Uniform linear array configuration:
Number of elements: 12
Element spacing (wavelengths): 0.75
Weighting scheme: blackman
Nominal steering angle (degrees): -45
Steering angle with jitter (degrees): -43.48
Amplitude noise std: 0.05
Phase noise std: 0.05

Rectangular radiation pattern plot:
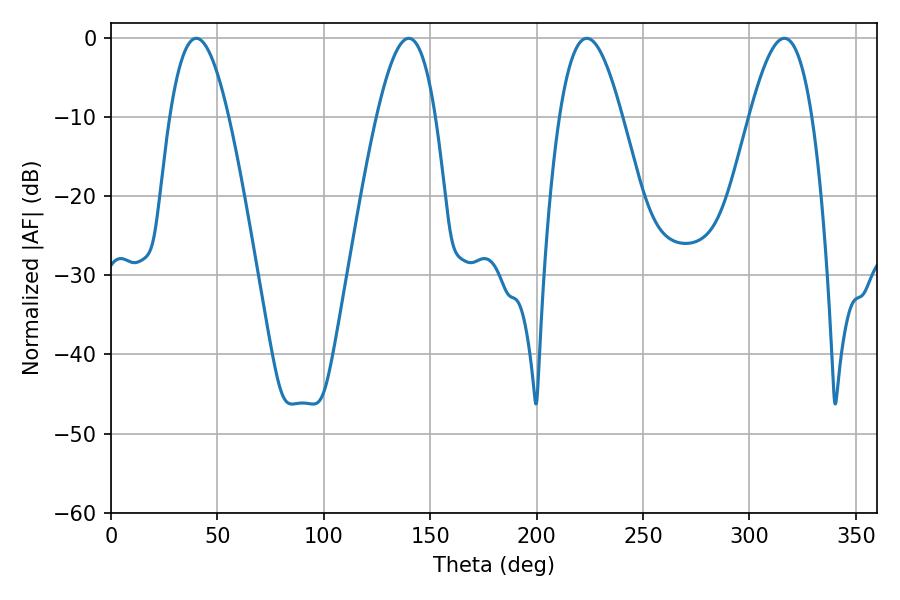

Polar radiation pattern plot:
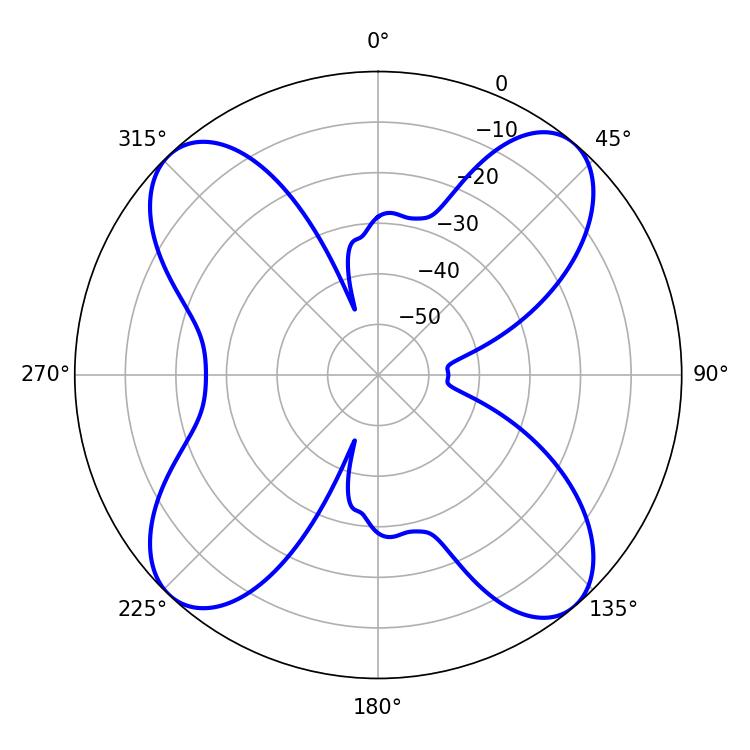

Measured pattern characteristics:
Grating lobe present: TRUE
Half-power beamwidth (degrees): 16.02
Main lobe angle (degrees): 223.56